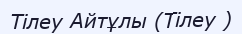
Тілеу Айтұлы (Тілеу )